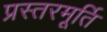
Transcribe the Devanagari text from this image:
प्रस्तरमूर्ति